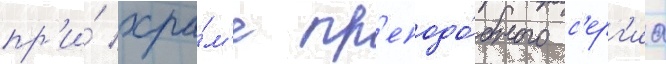
пр'и́ хра́м'е пр'еподо́бного с'ерг'иа